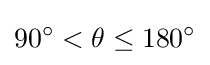
90^{\circ }<\theta \leq 180^{\circ }